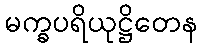
မက္ခပရိယုဋ္ဌိတေန